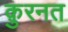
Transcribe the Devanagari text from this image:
क़ुरनत